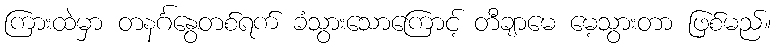
ကြားထဲမှာ တနင်္ဂနွေတစ်ရက် ခံသွားသောကြောင့် တီချာမေ မေ့သွားတာ ဖြစ်မည်။